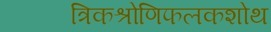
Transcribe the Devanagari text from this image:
त्रिकश्रोणिफलकशोथ